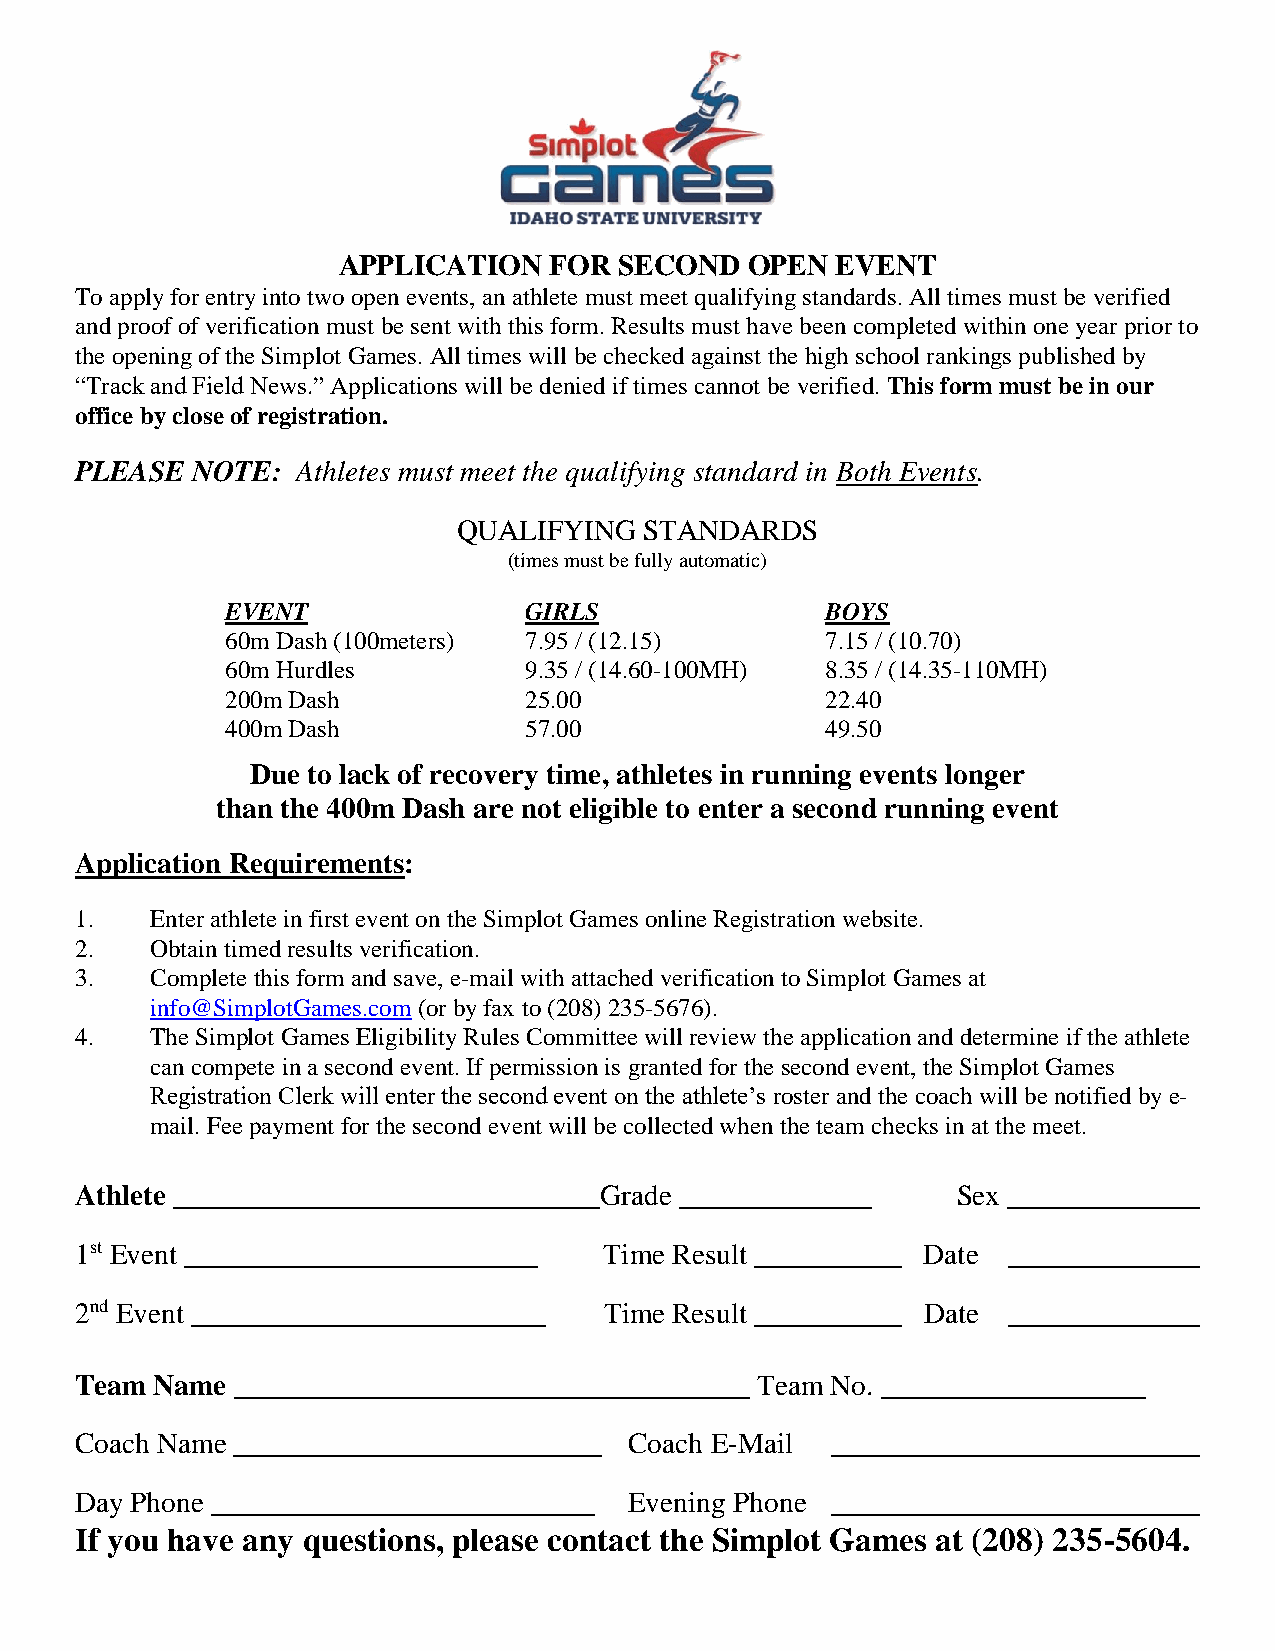
APPLICATION   FOR  SECOND  OPEN  EVENT
 To apply for entry into two open events, an athlete must meet qualifying standards. All times must be verified
 and proof of verification must be sent with this form. Results must have been completed within one year prior to
 the opening of the Simplot Games. All times will be checked against the high school rankings published by
 “Track and Field News.” Applications will be denied if times cannot be verified. This form must be in our
 office by close of registration.
 PLEASE  NOTE:  Athletes must meet the qualifying standard in Both Events.
 QUALIFYING   STANDARDS
 (times must be fully automatic)
 EVENT               GIRLS               BOYS
 60m Dash (100meters) 7.95 / (12.15)     7.15 / (10.70)
 60m Hurdles         9.35 / (14.60-100MH) 8.35 / (14.35-110MH)
 200m Dash           25.00               22.40
 400m Dash           57.00               49.50
 Due to lack of recovery time, athletes in running events longer
 than the 400m Dash are not eligible to enter a second running event
 Application Requirements:
 1.   Enter athlete in first event on the Simplot Games online Registration website.
 2.   Obtain timed results verification.
 3.   Complete this form and save, e-mail with attached verification to Simplot Games at
 info@SimplotGames.com (or by fax to (208) 235-5676).
 4.   The Simplot Games Eligibility Rules Committee will review the application and determine if the athlete
 can compete in a second event. If permission is granted for the second event, the Simplot Games
 Registration Clerk will enter the second event on the athlete’s roster and the coach will be notified by e-
 mail. Fee payment for the second event will be collected when the team checks in at the meet.
 Athlete _____________________________Grade _____________  Sex _____________
 1st Event ________________________ Time Result __________ Date _____________
 2nd Event ________________________ Time Result __________ Date _____________
 Team Name ___________________________________ Team No. __________________
 Coach Name _________________________ Coach E-Mail _________________________
 Day Phone __________________________ Evening Phone _________________________
 If you have any questions, please contact the Simplot Games at (208) 235-5604.